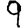
Digit: 9